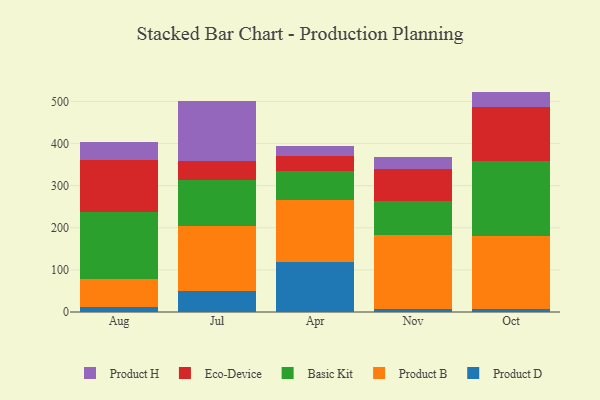
{"axis": {"x": "Month", "y": "Tickets Resolved"}, "legend": ["Basic Kit", "Eco-Device", "Product B", "Product D", "Product H"], "data": [{"x": "Aug", "y": 11.3, "type": "Product D"}, {"x": "Aug", "y": 68.0, "type": "Product B"}, {"x": "Aug", "y": 158.8, "type": "Basic Kit"}, {"x": "Aug", "y": 124.0, "type": "Eco-Device"}, {"x": "Aug", "y": 41.2, "type": "Product H"}, {"x": "Jul", "y": 49.7, "type": "Product D"}, {"x": "Jul", "y": 154.8, "type": "Product B"}, {"x": "Jul", "y": 109.6, "type": "Basic Kit"}, {"x": "Jul", "y": 43.6, "type": "Eco-Device"}, {"x": "Jul", "y": 143.8, "type": "Product H"}, {"x": "Apr", "y": 117.7, "type": "Product D"}, {"x": "Apr", "y": 148.2, "type": "Product B"}, {"x": "Apr", "y": 69.1, "type": "Basic Kit"}, {"x": "Apr", "y": 34.5, "type": "Eco-Device"}, {"x": "Apr", "y": 25.9, "type": "Product H"}, {"x": "Nov", "y": 6.8, "type": "Product D"}, {"x": "Nov", "y": 176.5, "type": "Product B"}, {"x": "Nov", "y": 80.2, "type": "Basic Kit"}, {"x": "Nov", "y": 77.0, "type": "Eco-Device"}, {"x": "Nov", "y": 27.8, "type": "Product H"}, {"x": "Oct", "y": 8.0, "type": "Product D"}, {"x": "Oct", "y": 172.4, "type": "Product B"}, {"x": "Oct", "y": 177.9, "type": "Basic Kit"}, {"x": "Oct", "y": 129.3, "type": "Eco-Device"}, {"x": "Oct", "y": 35.8, "type": "Product H"}]}